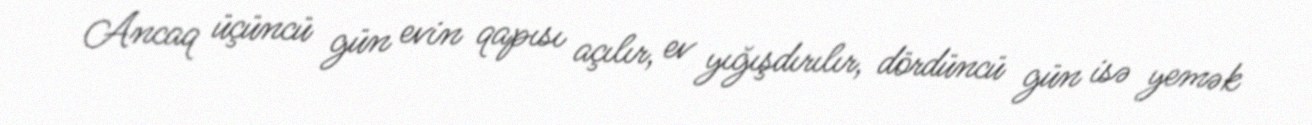
Ancaq üçüncü gün evin qapısı açılır, ev yığışdırılır, dördüncü gün isə yemək